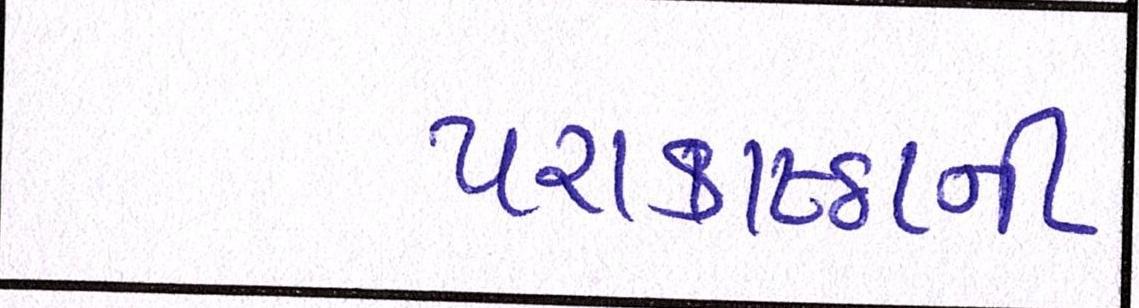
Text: પરાકાષ્ઠાની